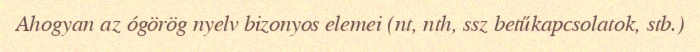
Ahogyan az ógörög nyelv bizonyos elemei (nt, nth, ssz betűkapcsolatok, stb.)